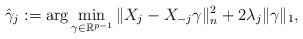
LaTeX: \begin{align*}\hat\gamma_j:= \textrm{arg}\min_{\gamma\in\mathbb R^{p-1}} \|X_j-X_{-j}\gamma\|_n^2+ 2\lambda_j \|\gamma\|_1,\end{align*}